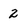
Character: 2